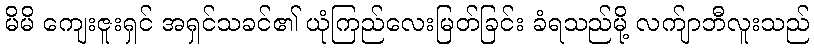
မိမိ ကျေးဇူးရှင် အရှင်သခင်၏ ယုံကြည်လေးမြတ်ခြင်း ခံရသည်မို့ လက်ျာဘီလူးသည်